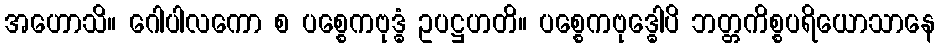
အဟောသိ။ ဂေါပါလကော စ ပစ္စေကဗုဒ္ဓံ ဥပဋ္ဌဟတိ။ ပစ္စေကဗုဒ္ဓေါပိ ဘတ္တကိစ္စပရိယောသာနေ